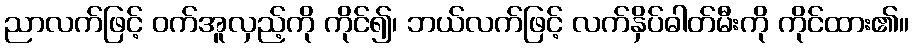
ညာလက်ဖြင့် ဝက်အူလှည့်ကို ကိုင်၍၊ ဘယ်လက်ဖြင့် လက်နှိပ်ဓါတ်မီးကို ကိုင်ထား၏။